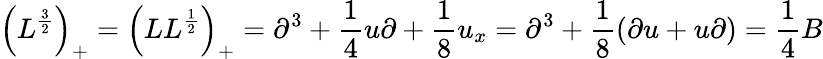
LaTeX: \left(L^{\frac{3}{2}}\right)_{+}=\left(LL^{\frac{1}{2}}\right)_{+}=\partial^{3}+{\frac{1}{4}}u\partial+{\frac{1}{8}}u_{x}=\partial^{3}+{\frac{1}{8}}(\partial u+u\partial)={\frac{1}{4}}B